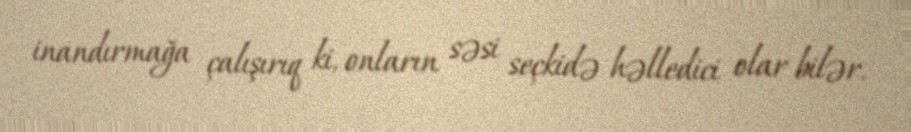
inandırmağa çalışırıq ki, onların səsi seçkidə həlledici olar bilər.